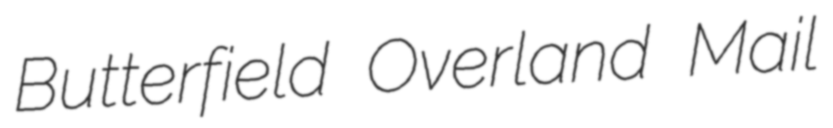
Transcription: Butterfield Overland Mail